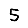
Digit: 5